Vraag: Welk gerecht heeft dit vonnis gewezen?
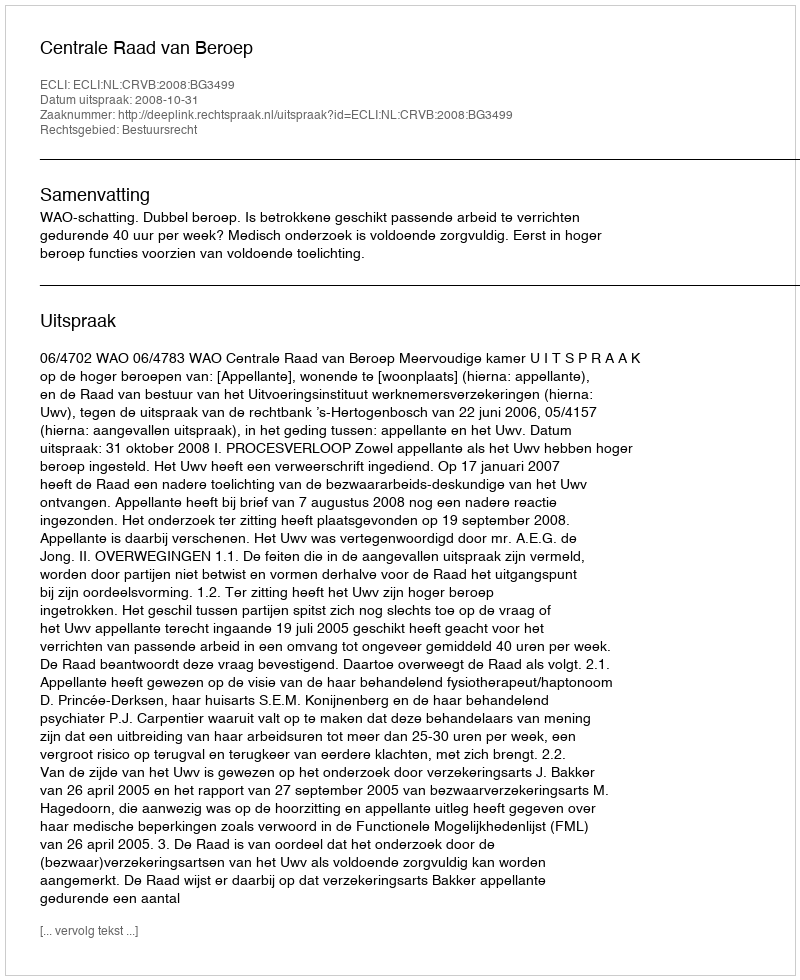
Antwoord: Centrale Raad van Beroep